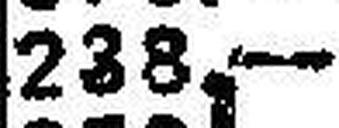
238.—